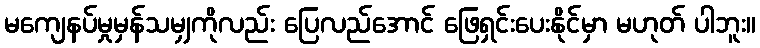
မကျေနပ်မှုမှန်သမျှကိုလည်း ပြေလည်အောင် ဖြေရှင်းပေးနိုင်မှာ မဟုတ် ပါဘူး။